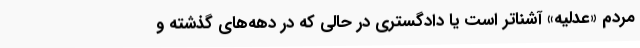
مردم «عدلیه» آشناتر است یا دادگستری در حالی که در دهه‌های گذشته و